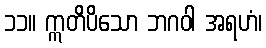
၁၁။ ဣတိပိသော ဘဂဝါ အရဟံ၊